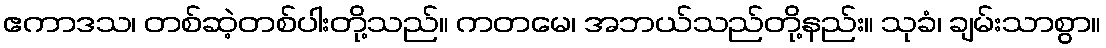
ဧကာဒသ၊ တစ်ဆဲ့တစ်ပါးတို့သည်။ ကတမေ၊ အဘယ်သည်တို့နည်း။ သုခံ၊ ချမ်းသာစွာ။